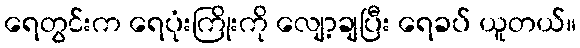
ရေတွင်းက ရေပုံးကြိုးကို လျော့ချပြီး ရေခပ် ယူတယ်။